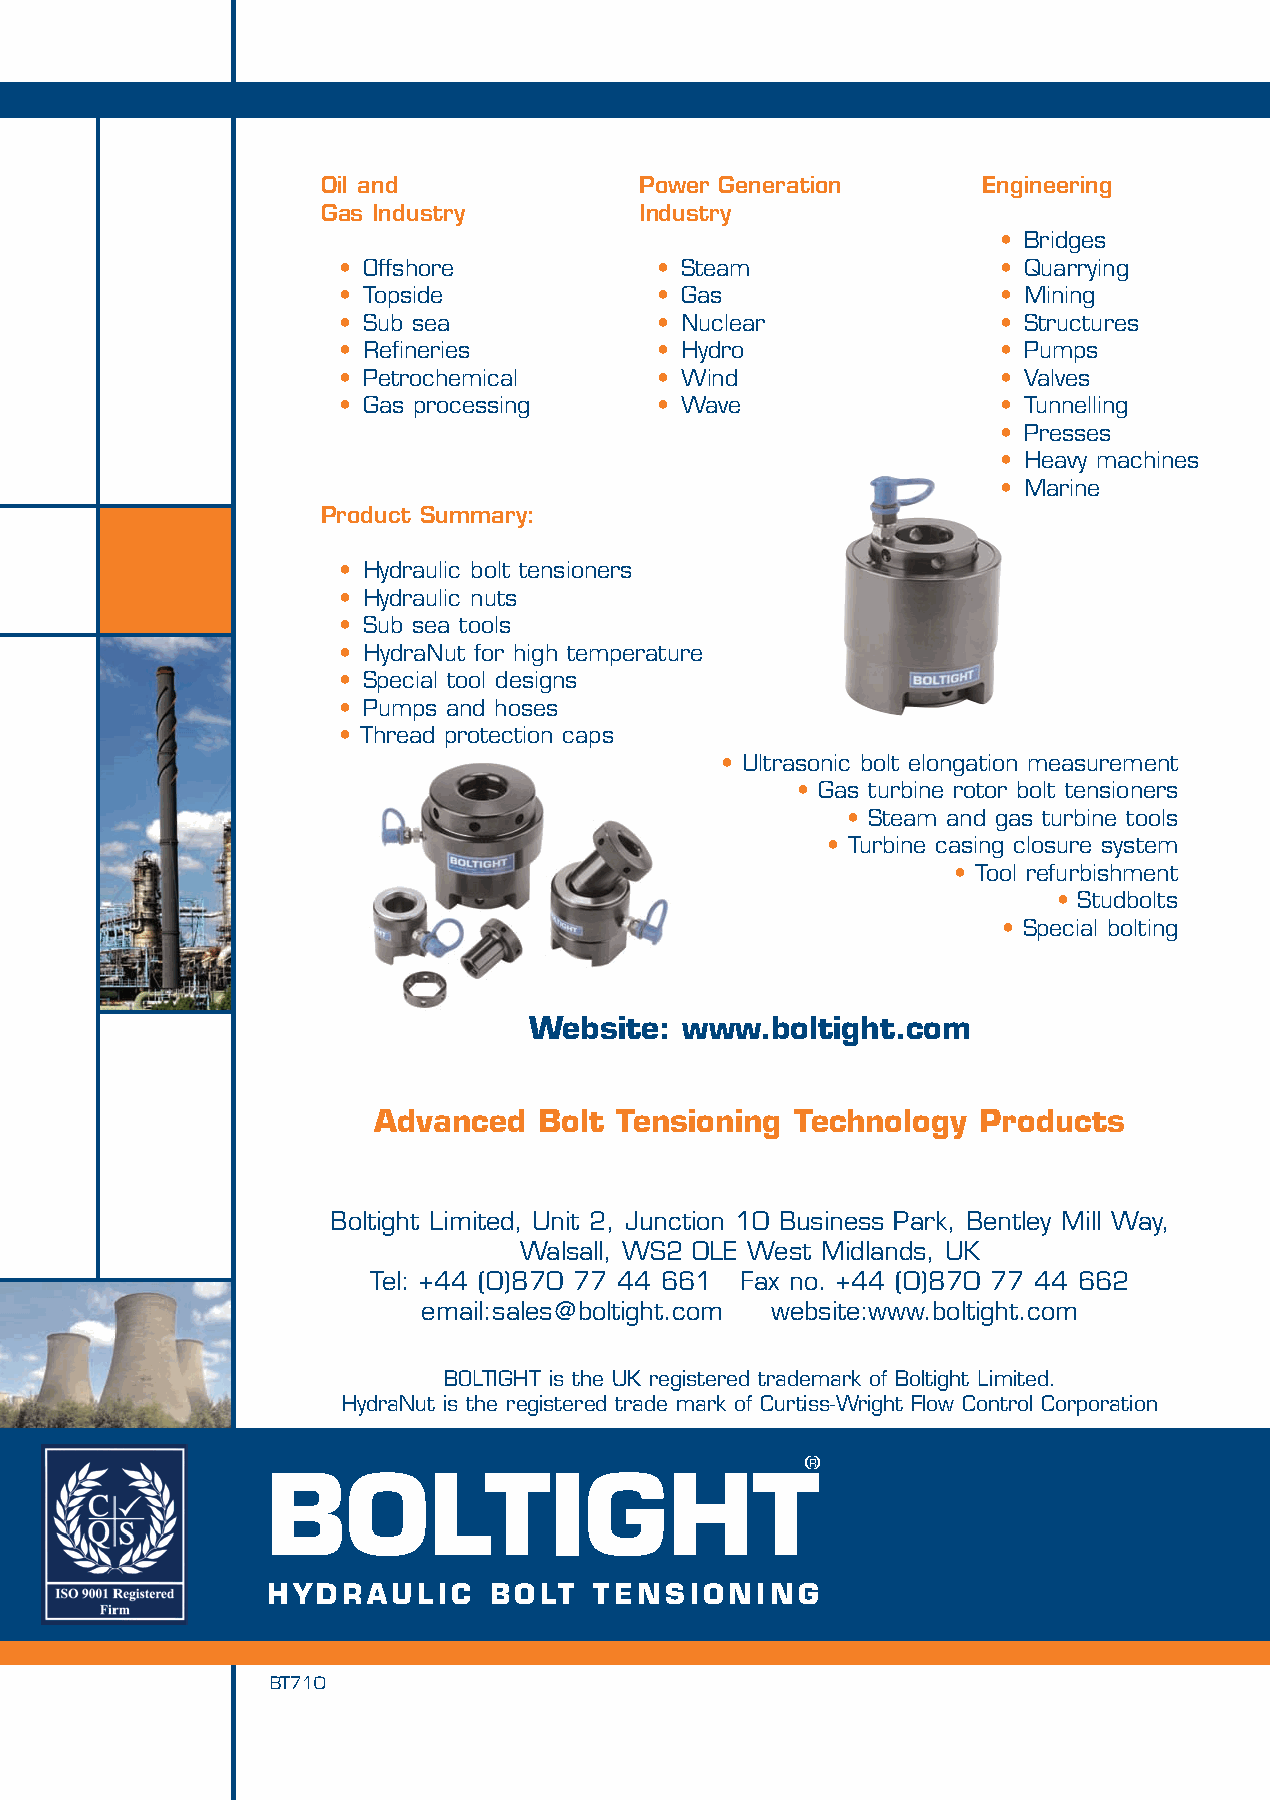
34109 Boltight Folders A4 for pdf for website 31/10/07 15:49 Page 4
 Oil and              Power Generation       Engineering
 Gas Industry         Industry
 • Bridges
 • Offshore           • Steam               • Quarrying
 • Topside            • Gas                 • Mining
 • Sub sea            • Nuclear             • Structures
 • Refineries         • Hydro               • Pumps
 • Petrochemical      • Wind                • Valves
 • Gas processing     • Wave                • Tunnelling
 • Presses
 • Heavy machines
 • Marine
 Product Summary:
 • Hydraulic bolt tensioners
 • Hydraulic nuts
 • Sub sea tools
 • HydraNut for high temperature
 • Special tool designs
 • Pumps and hoses
 • Thread protection caps
 • Ultrasonic bolt elongation measurement
 • Gas turbine rotor bolt tensioners
 • Steam and gas turbine tools
 • Turbine casing closure system
 • Tool refurbishment
 • Studbolts
 • Special bolting
 Website:  www.boltight.com
 Advanced   Bolt Tensioning  Technology  Products
 Boltight Limited, Unit 2, Junction 10 Business Park, Bentley Mill Way,
 Walsall, WS2 0LE West Midlands, UK
 Tel: +44 (0)870 77 44 661 Fax no. +44 (0)870 77 44 662
 email:sales@boltight.com website:www.boltight.com
 BOLTIGHT is the UK registered trademark of Boltight Limited.
 HydraNut is the registered trade mark of Curtiss-Wright Flow Control Corporation
 RR
 BBOOLLTTIIGGHHTT
 HHYYDDRRAAUULL IICC BBOOLLTT TTEENNSSIIOONNIINNGG
 BT710